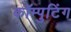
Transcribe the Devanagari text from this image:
कॉम्पुटिंग